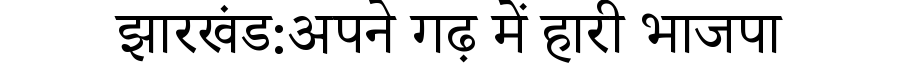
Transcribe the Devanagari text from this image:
झारखंड:अपने गढ़ में हारी भाजपा